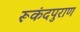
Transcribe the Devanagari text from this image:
रूकंदपुराण